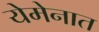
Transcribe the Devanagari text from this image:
येमेनात